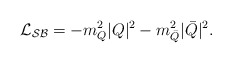
\begin{align*}{\cal L_{SB}}=-m_Q^2|Q|^2-m_{\bar Q}^2|\bar Q|^2.\end{align*}